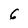
Character: 6